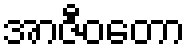
အာဇီဝတော